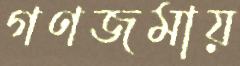
গণজমায়